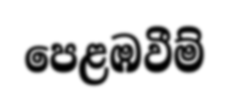
පෙළඹවීම්